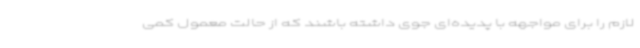
لازم را برای مواجهه با پدیده‌ای جوی داشته باشند که از حالت معمول کمی